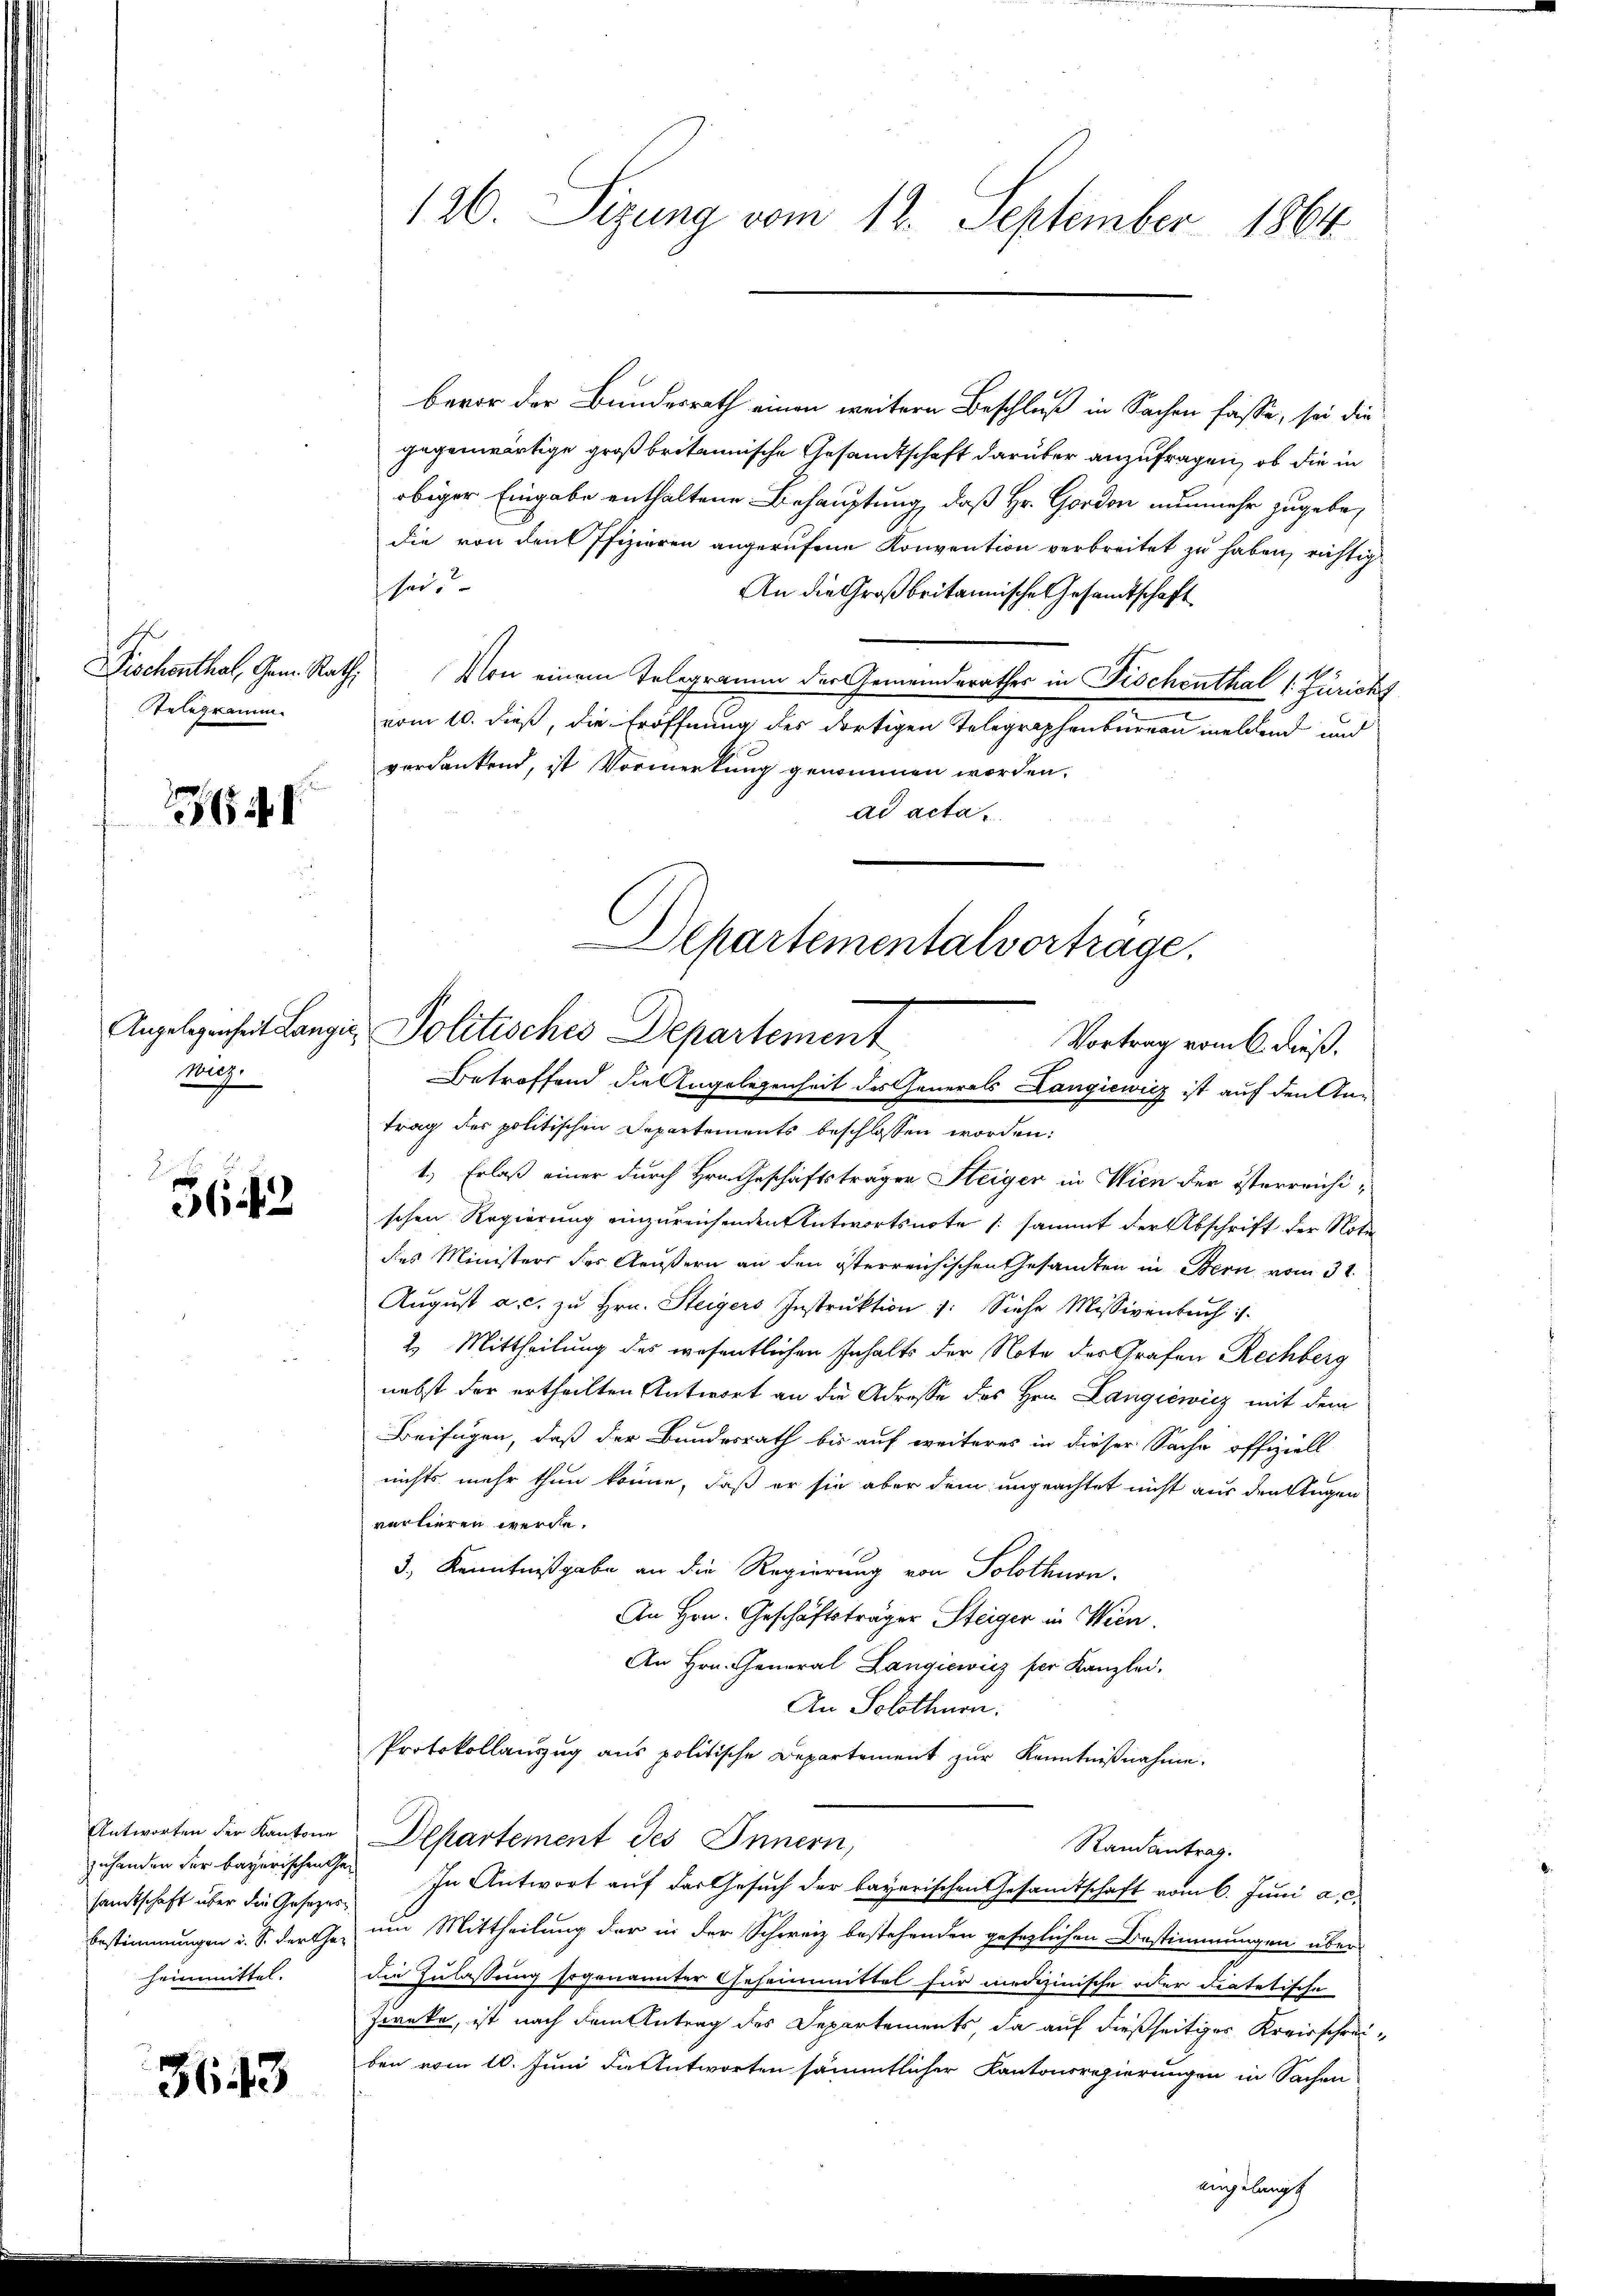
Telegramm.

6

wig.

5642

samtschaft über die Gesezesheimmittel.

3643

126. Sizung vom 12. September 1864.

bevor der Bundesrath einen weitern Beschluß in Sachen fasse, sei die
gegenwärtige großbritannische Gesandtschaft darüber anzufragen, ob die in
obiger Eingabe enthaltene Behauptung, daß Hr. Gordon nunmehr zugebedie von den Pfizieren angerufene Konvention verbreitet zu haben, richtig
sei.
An die Großbritannische Gesandtschaft
Fischenthal, Gem. Rath. Von einem Telegramm der Gemeinderathes in Fischenthal 1: Züricht
vom 10. dieß, die Eröffnung des dortigen Telegraphenbureau meldend und
verdankend, ist Vormerkung genommen worden.
ad acta
trag des politischen Departements beschlossen worden:
1.) Erlaß einer durch Hrn. Geschäftsträger Steiger in Wien der österreichischen Regierung einzureichenden Antwortsnote (sammt der Abschrift der Noti
dies Ministers des Aeußern an den österreichischen Gesamten in Bern vom 3t
Aŭgŭst a. c. zŭ hrn. Steigers Instrŭktion : Siehe Missivenbach is
2 Mittheilung des wesentlichen Inhalts der Note des Grafen Rechberg
nebst der ertheilten Antwort an die Adresse des Hrn. Langiewicz mit dem
Beifügen, daß der Bundesrath bis auf weiteres in dieser Sache offiziell
nichts mehr thun könne, daß er sie aber dem ungeachtet nicht aus den klugen
verlieren werde.
3., Kenntnißgabe an die Regierung von Solothurn.
An Hrn. Geschäftsträger Steiger in Wien.
An Hrn. General Langiewicz per Kanzlei,
An Solothurn.
Protokollauszug aus politische Departement zur Kenntnißnahme.
Antworten der Kantone Departement des Innern,
Randantrag.
zuhander der bayerischen der In Antwort auf der Gesuch der bayerischen Gesandtschaft vom 6. Juni a. c.
Bestimmungen u. S. derche um Mittheilung der in der Schweiz bestehenden gesezlichen Bestimmungen über-
die Zulassung sogenannter Geheimmittel für medizinische oder Fratetische
Franke, ist nach dem Antrag des Departements, da auf dießseitiges Kreisschreiben vom 10. Juni die Antworten sämmtlicher Kantonsregierungen in Sachen

Departementalvorträge.
Angelegenheit Langi Politisches Departement
Vortrag vom 6. dieß.
Betreffend die Angelegenheit des Generals Langiewicz ist auf den An¬

eingelangt